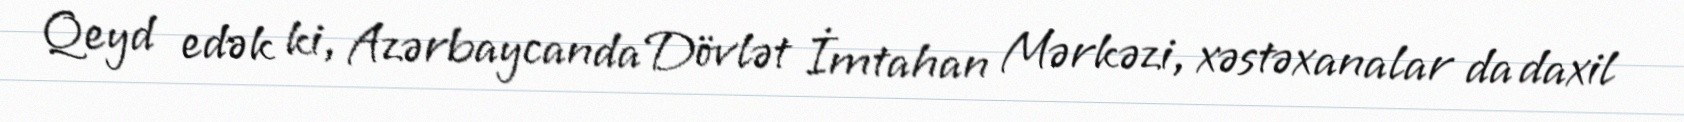
Qeyd edək ki, Azərbaycanda Dövlət İmtahan Mərkəzi, xəstəxanalar da daxil